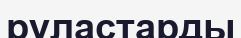
руластарды